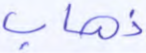
ذهاب